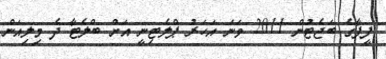
ފީފާގެ ބަޖެޓުން 2011 ވަނަ އަހަރު ޕްލެޓިނީ އަށް ބްލެޓާ ދެ މިލިއަން